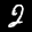
Label: 2